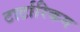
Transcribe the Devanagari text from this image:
टार्टारिकम